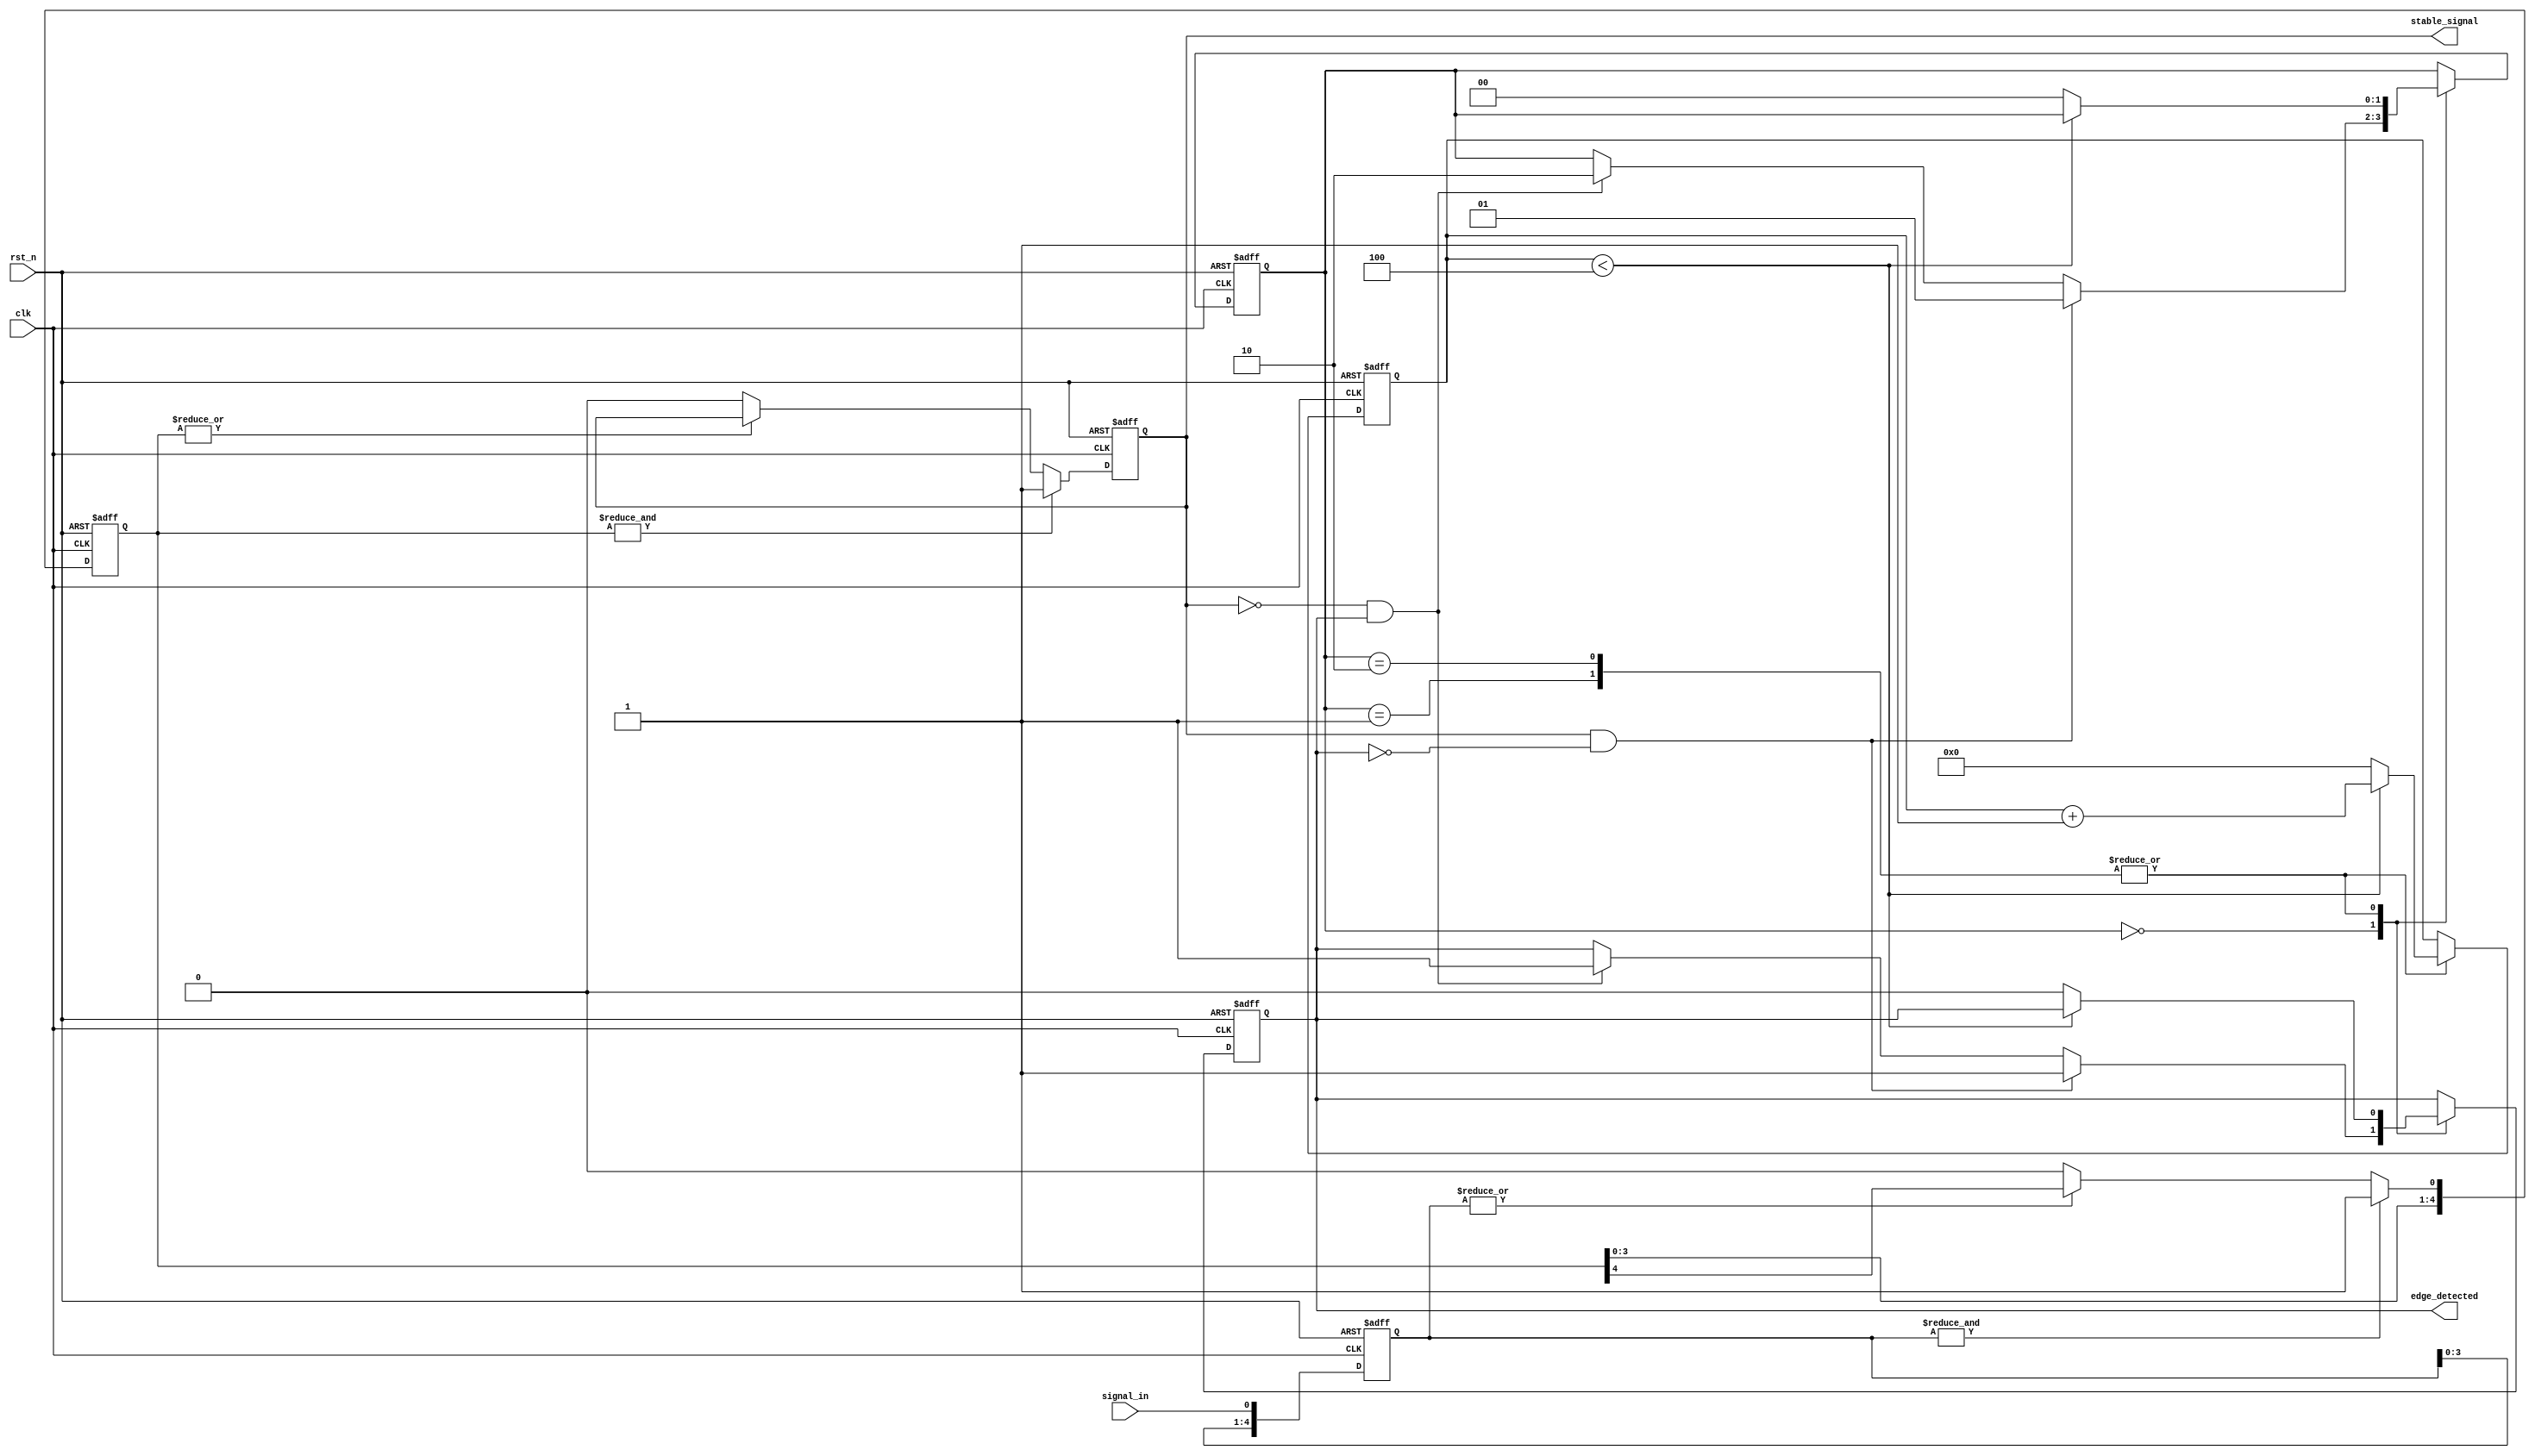
module debounced_edge_detector (
    input wire clk,               // Clock input
    input wire rst_n,             // Active low reset
    input wire signal_in,         // Input signal (e.g., switch)
    output reg edge_detected,     // Output signal indicating a detected edge
    output reg stable_signal       // Debounced output signal
);

    // Parameters
    parameter DEBOUNCE_TIME = 4;  // Number of clock cycles for debouncing
    parameter MEMORY_DEPTH = 5;     // Number of samples to store

    // Memory to store the last MEMORY_DEPTH states of the input signal
    reg [MEMORY_DEPTH-1:0] signal_memory;
    reg [MEMORY_DEPTH-1:0] stable_memory;
    reg [3:0] debounce_counter;     // Counter for debounce timing

    // State machine for edge detection
    reg [1:0] state;                // State variable
    localparam IDLE = 2'b00,
               RISING_EDGE = 2'b01,
               FALLING_EDGE = 2'b10;

    // Sequential logic for sampling the input signal
    always @(posedge clk or negedge rst_n) begin
        if (!rst_n) begin
            signal_memory <= 0;
            stable_memory <= 0;
            debounce_counter <= 0;
            edge_detected <= 0;
            stable_signal <= 0;
            state <= IDLE;
        end else begin
            // Shift the input signal into memory
            signal_memory <= {signal_memory[MEMORY_DEPTH-2:0], signal_in};

            // Check if the last MEMORY_DEPTH samples are stable
            if (&signal_memory) begin
                stable_memory <= {stable_memory[MEMORY_DEPTH-2:0], 1'b1}; // Stable high
            end else if (~|signal_memory) begin
                stable_memory <= {stable_memory[MEMORY_DEPTH-2:0], 1'b0}; // Stable low
            end else begin
                stable_memory <= {stable_memory[MEMORY_DEPTH-2:0], stable_memory[MEMORY_DEPTH-1]}; // Hold last state
            end

            // Check for stable signal
            if (&stable_memory) begin
                stable_signal <= 1'b1; // Signal is stable high
            end else if (~|stable_memory) begin
                stable_signal <= 1'b0; // Signal is stable low
            end

            // Edge detection logic
            case (state)
                IDLE: begin
                    if (stable_signal && !edge_detected) begin
                        edge_detected <= 1'b1; // Rising edge detected
                        state <= RISING_EDGE;
                    end else if (!stable_signal && edge_detected) begin
                        edge_detected <= 1'b1; // Falling edge detected
                        state <= FALLING_EDGE;
                    end
                end
                RISING_EDGE: begin
                    if (debounce_counter < DEBOUNCE_TIME) begin
                        debounce_counter <= debounce_counter + 1;
                    end else begin
                        edge_detected <= 1'b0; // Reset edge detected after debounce
                        state <= IDLE;
                        debounce_counter <= 0;
                    end
                end
                FALLING_EDGE: begin
                    if (debounce_counter < DEBOUNCE_TIME) begin
                        debounce_counter <= debounce_counter + 1;
                    end else begin
                        edge_detected <= 1'b0; // Reset edge detected after debounce
                        state <= IDLE;
                        debounce_counter <= 0;
                    end
                end
            endcase
        end
    end
endmodule